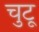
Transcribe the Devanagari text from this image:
चुटू